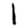
Digit: 1